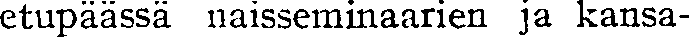
etupäässä naisseminaarien ja kansa-